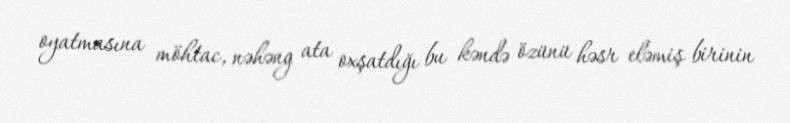
oyatmasına möhtac, nəhəng ata oxşatdığı bu kəndə özünü həsr eləmiş birinin